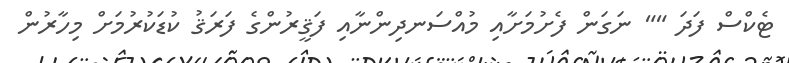
ޓެކްސް ފަދަ "" ނަގަން ފެށުމަށާއި މުއްސަނދިންނާއި ފަޤީރުންގެ ފަރަޤު ކުޑަކުރުމަށް މިހާރުން